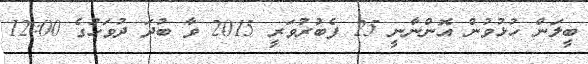
ބީލަން ހުޅުވުން އޮންނާނީ 25 ފެބުރުވަރީ 2015 ވާ ބުދަ ދުވަހުގެ 12:00